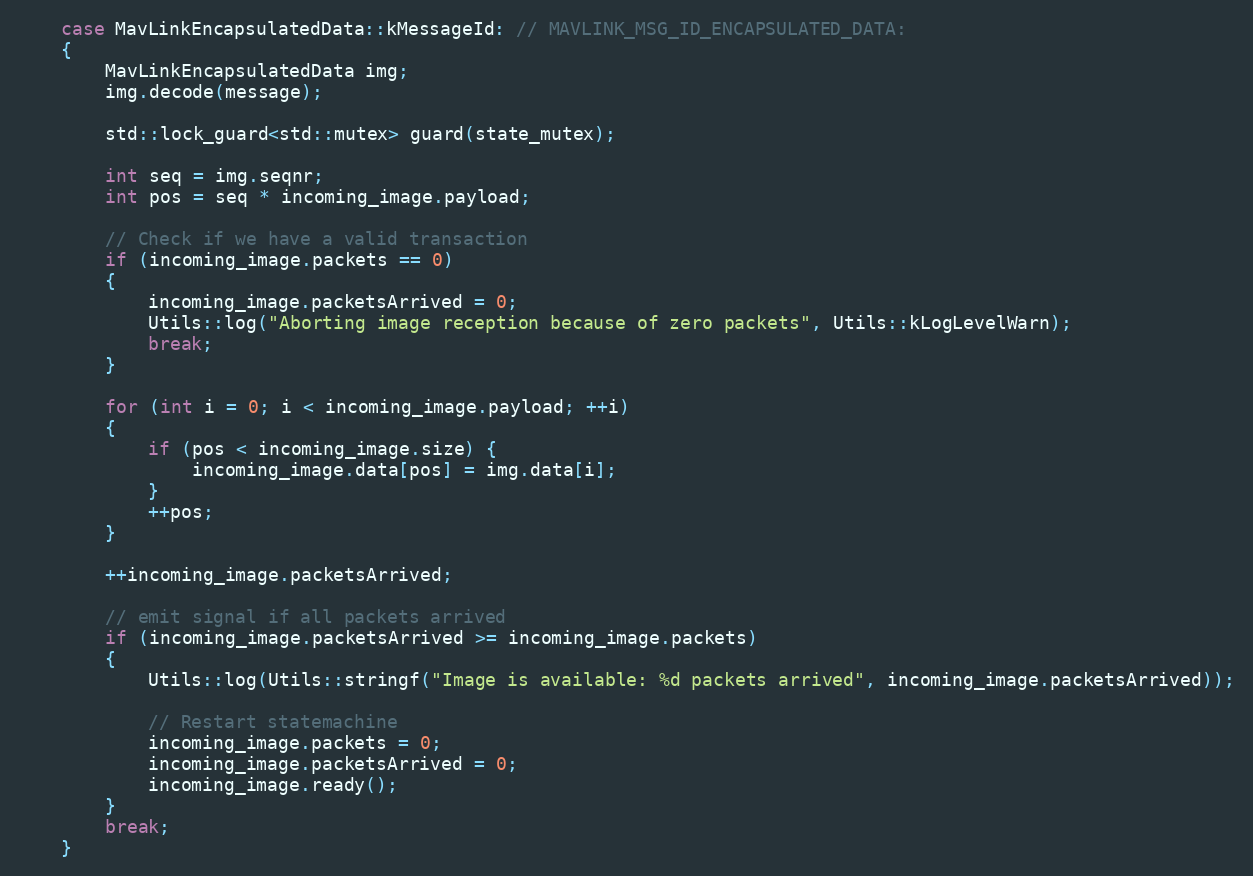
Language: C++
    case MavLinkEncapsulatedData::kMessageId: // MAVLINK_MSG_ID_ENCAPSULATED_DATA:
    {
        MavLinkEncapsulatedData img;
        img.decode(message);

        std::lock_guard<std::mutex> guard(state_mutex);

        int seq = img.seqnr;
        int pos = seq * incoming_image.payload;

        // Check if we have a valid transaction
        if (incoming_image.packets == 0)
        {
            incoming_image.packetsArrived = 0;
            Utils::log("Aborting image reception because of zero packets", Utils::kLogLevelWarn);
            break;
        }

        for (int i = 0; i < incoming_image.payload; ++i)
        {
            if (pos < incoming_image.size) {
                incoming_image.data[pos] = img.data[i];
            }
            ++pos;
        }

        ++incoming_image.packetsArrived;

        // emit signal if all packets arrived
        if (incoming_image.packetsArrived >= incoming_image.packets)
        {
            Utils::log(Utils::stringf("Image is available: %d packets arrived", incoming_image.packetsArrived));

            // Restart statemachine
            incoming_image.packets = 0;
            incoming_image.packetsArrived = 0;
            incoming_image.ready();
        }
        break;
    }